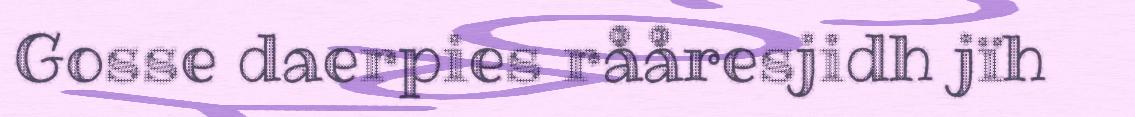
Gosse daerpies rååresjidh jïh